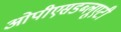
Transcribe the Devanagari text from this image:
ओपीएसडब्लूएटी